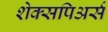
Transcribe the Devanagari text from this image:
शेक्सपिअर्स